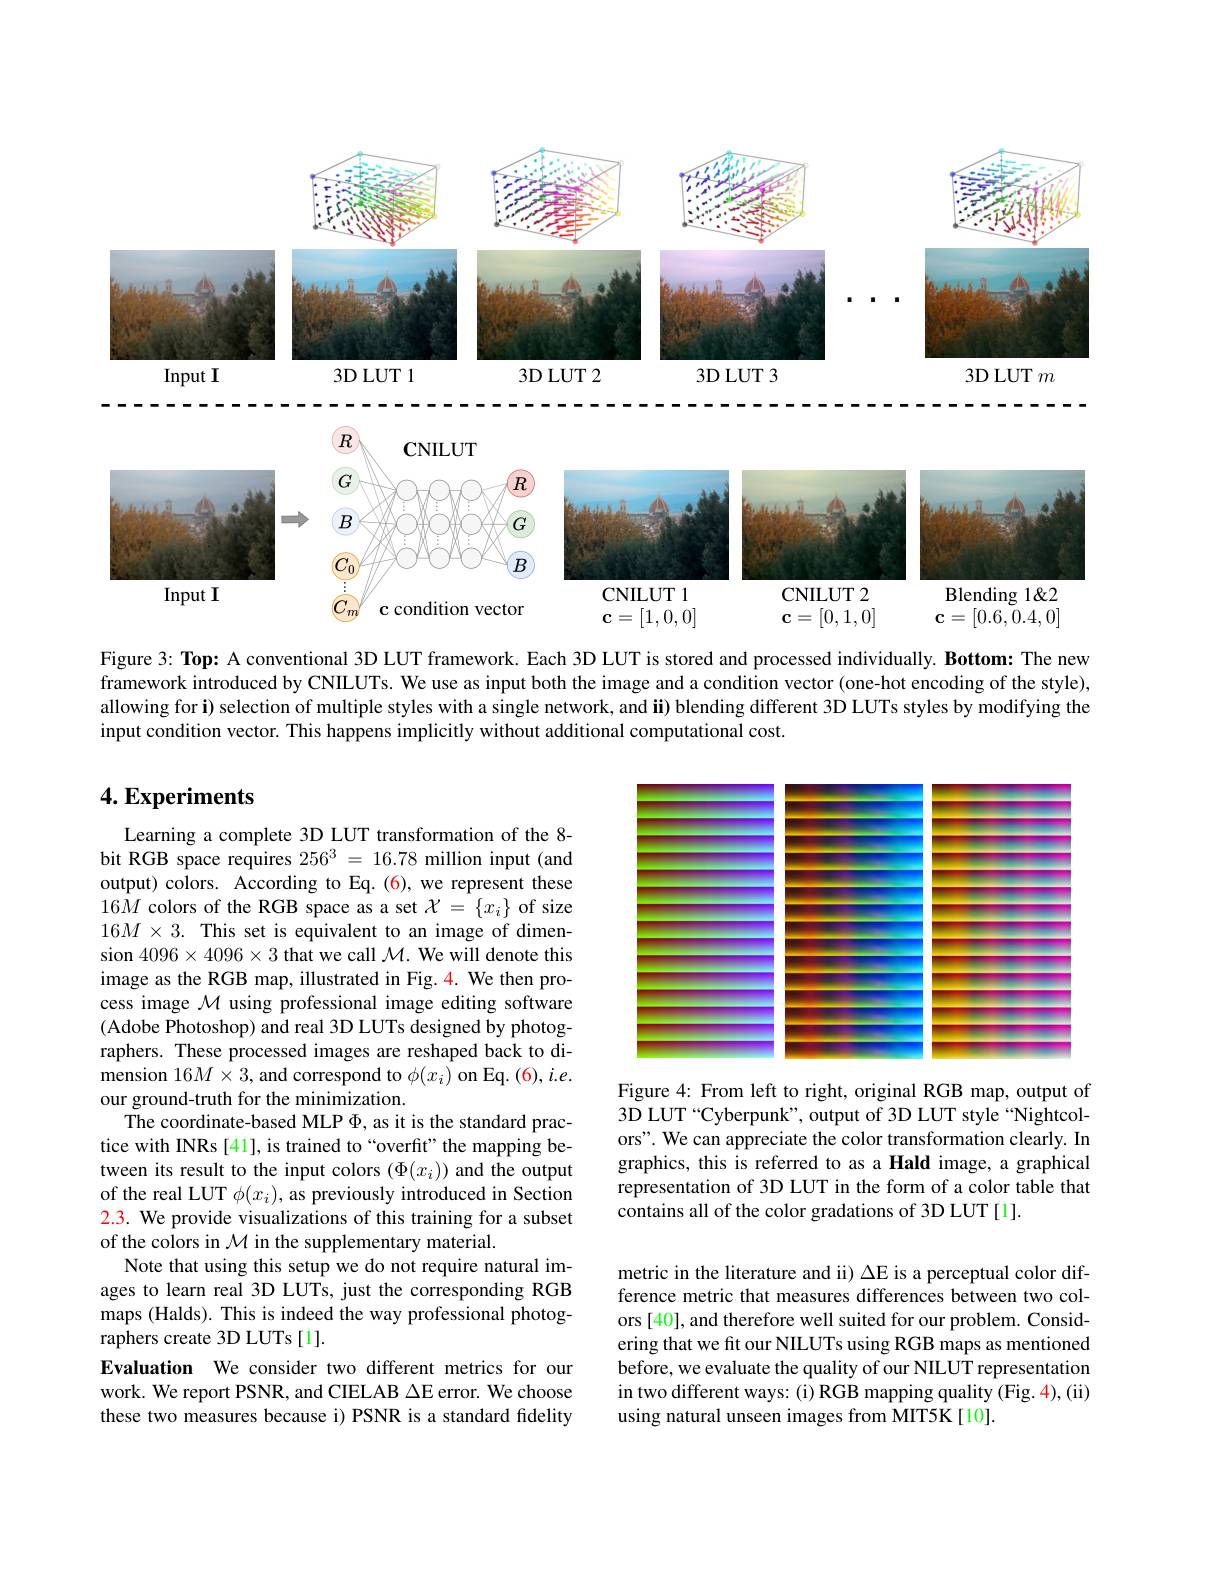
<FigureHere>

<FigureHere>

Figure 3: Top: A conventional 3D LUT framework. Each 3D LUT is stored and processed individually. Bottom: The new framework introduced by CNILUTs. We use as input both the image and a condition vector (one-hot encoding of the style), allowing for i) selection of multiple styles with a single network, and ii) blending different 3D LUTs styles by modifying the input condition vector. This happens implicitly without additional computational cost.

## $4. \textbf{Experiments}$

<FigureHere>

Learning a complete 3D LUT transformation of the 8- bit RGB space requires $256^3=16.78$ million input (and output) colors. According to Eq. (6), we represent these $16M$ colors of the RGB space as a set $\mathcal{X}=\{x_i\}$ of size $16M\times3.$ This set is equivalent to an image of dimension $4096\times4096\times3$ that we call $\mathcal{M}.$ We will denote this image as the RGB map, illustrated in Fig. 4. We then process image $\mathcal{M}$ using professional image editing software (Adobe Photoshop) and real 3D LUTs designed by photographers. These processed images are reshaped back to dimension 16$M\times3$,and correspond to $\phi(x_i)$ on Eq. (6), i.e. our ground-truth for the minimization.
The coordinate-based MLP $\Phi$, as it is the standard practice with INRs [41], is trained to“overfit”the mapping between its result to the input colors $(\Phi(x_i))$ and the output of the real LUT $\phi(x_i)$, as previously introduced in Section 2.3. We provide visualizations of this training for a subset of the colors in $\mathcal{M}$ in the supplementary material.
Note that using this setup we do not require natural images to learn real 3D LUTs, just the corresponding RGB maps (Halds). This is indeed the way professional photographers create 3D LUTs [1].
Evaluation We consider two different metrics for our work. We report PSNR, and CIELAB $\Delta$E error. We choose these two measures because i) PSNR is a standard fidelity

Figure 4: From left to right, original RGB map, output of 3D LUT “Cyberpunk”, output of 3D LUT style “Nightcolors". We can appreciate the color transformation clearly. In graphics, this is referred to as a Hald image, a graphical representation of 3D LUT in the form of a color table that contains all of the color gradations of 3D LUT [1].

metric in the literature and ii) $\Delta$E is a perceptual color difference metric that measures differences between two colors [40], and therefore well suited for our problem. Considering that we fit our NILUTs using RGB maps as mentioned before, we evaluate the quality of our NILUT representation in two different ways: (i) RGB mapping quality (Fig. 4),(ii) using natural unseen images from MIT5K[10].